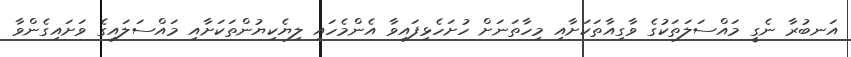
އަނބުރާ ނެގީ މައްސަލަތަކުގެ ވާގިއާތަކަށާއި މިހާތަނަށް ހުށަހެޅިފައިވާ އެންމެހައި ލިޔެކިޔުންތަކަށާއި މައްސަލައިގެ ވަށައިގެންވާ